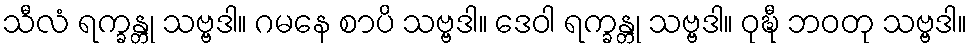
သီလံ ရက္ခန္တု သဗ္ဗဒါ။ ဂမနေ စာပိ သဗ္ဗဒါ။ ဒေဝါ ရက္ခန္တု သဗ္ဗဒါ။ ဝုဍ္ဎီ ဘဝတု သဗ္ဗဒါ။